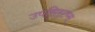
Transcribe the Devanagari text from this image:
उपसिस्टम्स